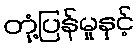
တုံ့ပြန်မှုနှင့်